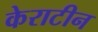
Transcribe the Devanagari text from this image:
केराटीन